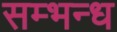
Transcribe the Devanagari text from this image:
सम्भन्ध